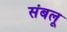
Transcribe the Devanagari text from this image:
संबलू